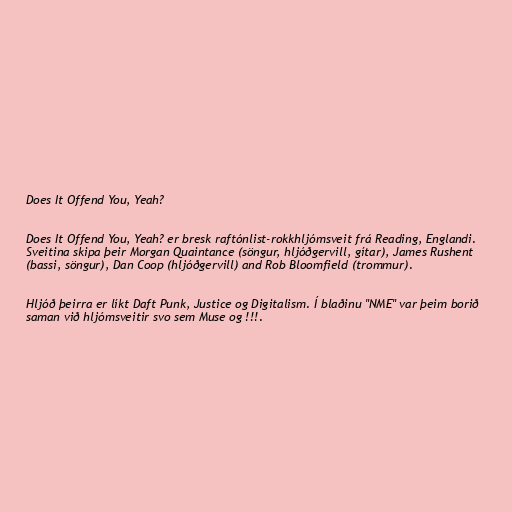
Does It Offend You, Yeah?

Does It Offend You, Yeah? er bresk raftónlist-rokkhljómsveit frá Reading, Englandi.
Sveitina skipa þeir Morgan Quaintance (söngur, hljóðgervill, gítar), James Rushent
(bassi, söngur), Dan Coop (hljóðgervill) and Rob Bloomfield (trommur).

Hljóð þeirra er líkt Daft Punk, Justice og Digitalism. Í blaðinu "NME" var þeim borið
saman við hljómsveitir svo sem Muse og !!!.